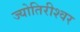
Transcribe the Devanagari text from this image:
ज्योतिरीश्‍वर